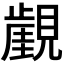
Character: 𧢏